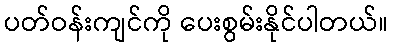
ပတ်ဝန်းကျင်ကို ပေးစွမ်းနိုင်ပါတယ်။